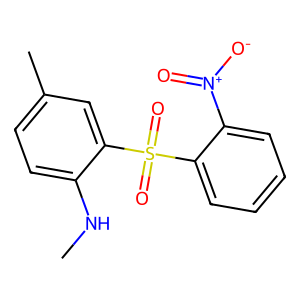
SMILES: CNc1ccc(C)cc1S(=O)(=O)c1ccccc1[N+](=O)[O-]
Inhibits HIV replication: Yes